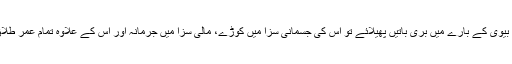
یہودیوں میں تو اگر کوئی اپنی بیوی کے بارے میں بُری باتیں پھیلائے تو اس کی جسمانی سزا میں کوڑے، مالی سزا میں جرمانہ اور اس کے علاوہ تمام عمر طلاق پر پابندی کی سزا بھی تھی۔